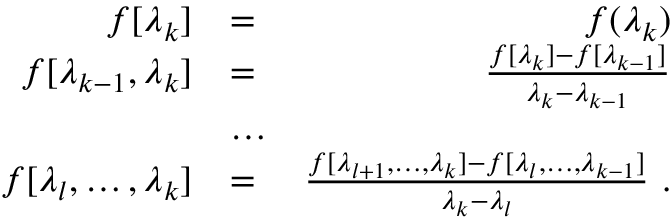
\begin{array} { r l r } { f [ \lambda _ { k } ] } & { = } & { f ( \lambda _ { k } ) } \\ { f [ \lambda _ { k - 1 } , \lambda _ { k } ] } & { = } & { \frac { f [ \lambda _ { k } ] - f [ \lambda _ { k - 1 } ] } { \lambda _ { k } - \lambda _ { k - 1 } } } \\ & { \dots } & \\ { f [ \lambda _ { l } , \dots , \lambda _ { k } ] } & { = } & { \frac { f [ \lambda _ { l + 1 } , \dots , \lambda _ { k } ] - f [ \lambda _ { l } , \dots , \lambda _ { k - 1 } ] } { \lambda _ { k } - \lambda _ { l } } ~ . } \end{array}